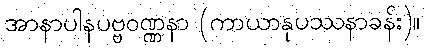
အာနာပါနပဗ္ဗဝဏ္ဏနာ (ကာယာနုပဿနာခန်း)။